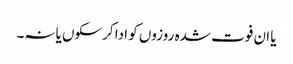
یا ان فوت شدہ روزوں کو ادا کرسکوں یانہ۔